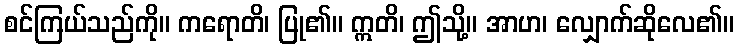
စင်ကြယ်သည်ကို။ ကရောတိ၊ ပြု၏။ ဣတိ၊ ဤသို့။ အာဟ၊ လျှောက်ဆိုလေ၏။